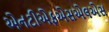
એનટીએફએસએલએસ